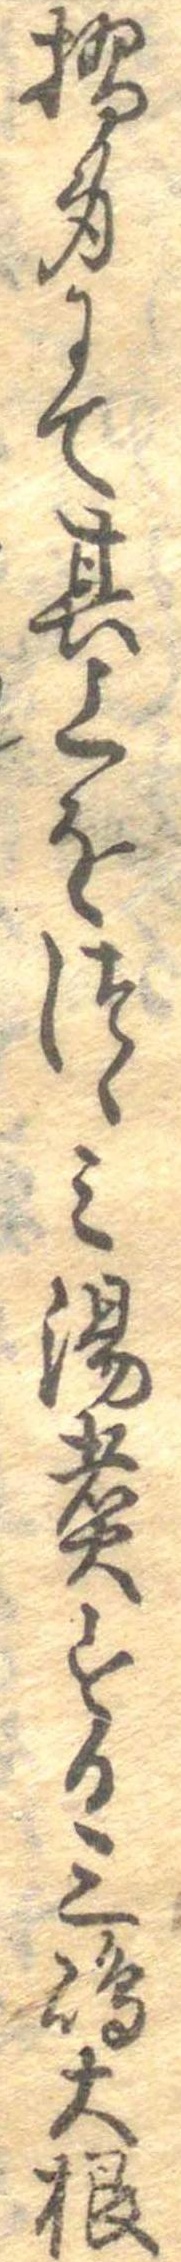
摺身にて其上をつゝみ湯煮する三島大根